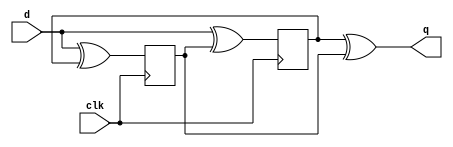
// we need to avoid clock in datapath so a possible solution to dual edge triggered Flipflop circuit is
//a short video explaining ralf's circuit :https://www.youtube.com/watch?v=8FgTD1q88_E

module top_module (
    input clk,
    input d,
    output q
);  
    reg qp, qn;
    always @ (posedge clk) qp <= d ^ qn;
    always @ (negedge clk) qn <= d ^ qp;
    assign q = qp ^ qn;
endmodule